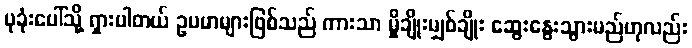
ပုခုံးပေါ်သို့ ရှားပါတယ် ဥပမာများဖြစ်သည် ကားသာ မှိုချိုးမျှစ်ချိုး ဆွေးနွေးသွားမည်ဟုလည်း